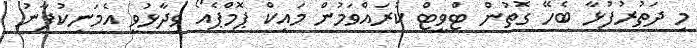
މި ދަތުރުފުޅާ ބެހޭ ގޮތުން ޓްވީޓް ކުރައްވަމުން މައިކް ޕޮމްޕެއޯ ވިދާޅުވީ އެމަނިކުފާނު